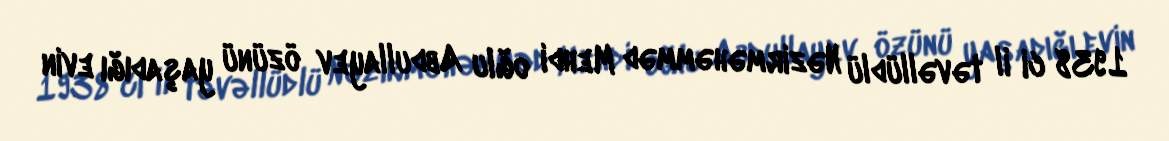
1938 ci il təvəllüdlü Nəzirməhəmməd Mehdi oğlu Abdullayev özünü yaşadığı evin